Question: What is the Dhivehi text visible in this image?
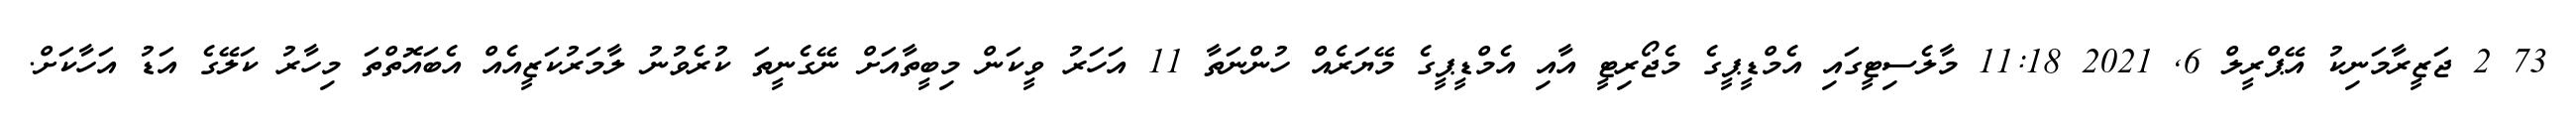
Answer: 73 2 ޖަޒީރާމަނިކު އޭޕްރީލް 6, 2021 11:18 މާލެސިޓީގައި އެމްޑީޕީގެ މެޖޯރިޓީ އާއި އެމްޑީޕީގެ މޭޔަރެއް ހުންނަތާ 11 އަހަރު ވީކަން މިބީތާއަށް ނޭގެނީތަ ކުރެވުނު ލާމަރުކަޒީއެއް އެބައޮތްތަ މިހާރު ކަލޭގެ އަޑު އަހާކަށް.